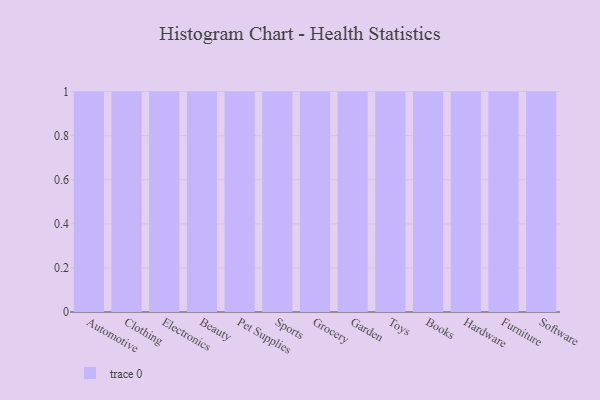
{"axis": {"x": "Category", "y": "Satisfaction Score"}, "legend": [""], "data": [{"x": "Automotive", "y": 43, "type": ""}, {"x": "Clothing", "y": 10, "type": ""}, {"x": "Electronics", "y": 54, "type": ""}, {"x": "Beauty", "y": 88, "type": ""}, {"x": "Pet Supplies", "y": 38, "type": ""}, {"x": "Sports", "y": 20, "type": ""}, {"x": "Grocery", "y": 99, "type": ""}, {"x": "Garden", "y": 88, "type": ""}, {"x": "Toys", "y": 18, "type": ""}, {"x": "Books", "y": 7, "type": ""}, {"x": "Hardware", "y": 67, "type": ""}, {"x": "Furniture", "y": 10, "type": ""}, {"x": "Software", "y": 91, "type": ""}]}